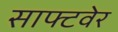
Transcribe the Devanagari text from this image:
साफ्टवेर